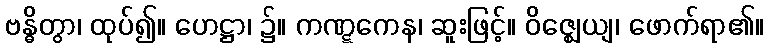
ဗန္ဓိတွာ၊ ထုပ်၍။ ဟေဋ္ဌာ၊ ၌။ ကဏ္ဋကေန၊ ဆူးဖြင့်။ ဝိဇ္ဈေယျ၊ ဖောက်ရာ၏။